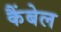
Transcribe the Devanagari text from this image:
कैंबेल